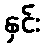
နှင်း